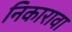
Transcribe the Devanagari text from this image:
निकारावा